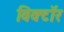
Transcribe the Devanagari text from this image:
विक्टॉर